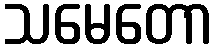
သမေတော